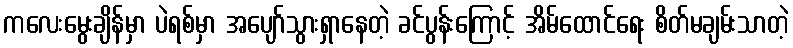
ကလေးမွေးချိန်မှာ ပဲရစ်မှာ အပျော်သွားရှာနေတဲ့ ခင်ပွန်းကြောင့် အိမ်ထောင်ရေး စိတ်မချမ်းသာတဲ့